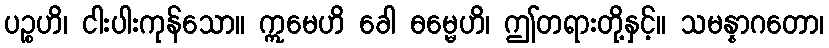
ပဉ္စဟိ၊ ငါးပါးကုန်သော။ ဣမေဟိ ခေါ ဓမ္မေဟိ၊ ဤတရားတို့နှင့်။ သမန္နာဂတော၊